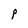
Character: P